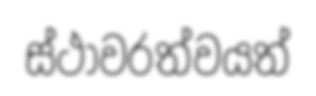
ස්ථාවරත්වයත්